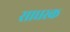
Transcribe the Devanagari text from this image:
साधस्क